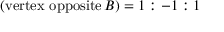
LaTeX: ( { \mathrm { v e r t e x ~ o p p o s i t e } } \, B ) = 1 : - 1 : 1